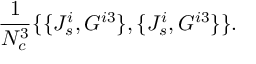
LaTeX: \frac { 1 } { N _ { c } ^ { 3 } } \{ \{ J _ { s } ^ { i } , G ^ { i 3 } \} , \{ J _ { s } ^ { i } , G ^ { i 3 } \} \} .